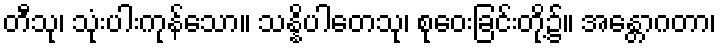
တီသု၊ သုံးပါးကုန်သော။ သန္နိပါတေသု၊ စုဝေးခြင်းတို့၌။ အန္တောဂတာ၊